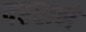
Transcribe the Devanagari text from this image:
फ्हराने